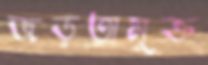
জড়তামুক্ত